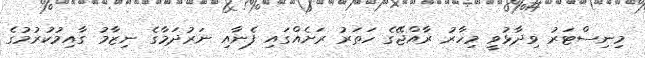
މިނިސްޓަރު ވިދާޅުވީ މިހާރު ރާއްޖޭގެ ހަތަރު ރަށެއްގައި ފެނާއި ނަރުދަމާގެ ނިޒާމު ގާއިމުކުރުމުގެ